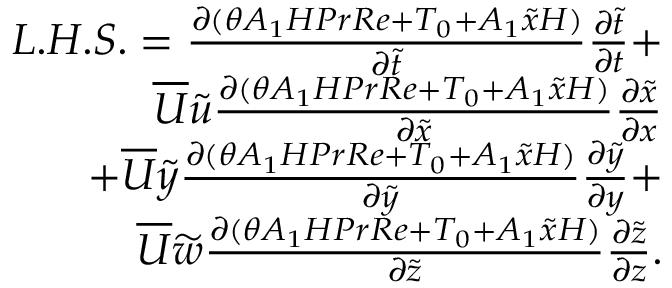
\begin{array} { r } { L . H . S . = { \frac { \partial ( \theta A _ { 1 } H P r R e + T _ { 0 } + A _ { 1 } \widetilde { x } H ) } { \partial \widetilde { t } } } { \frac { \partial \widetilde { t } } { \partial t } } + } \\ { \overline { { U } } \widetilde { u } { \frac { \partial ( \theta A _ { 1 } H P r R e + T _ { 0 } + A _ { 1 } \widetilde { x } H ) } { \partial \widetilde { x } } } { \frac { \partial \widetilde { x } } { \partial x } } } \\ { + \overline { { U } } \widetilde { y } { \frac { \partial ( \theta A _ { 1 } H P r R e + T _ { 0 } + A _ { 1 } \widetilde { x } H ) } { \partial \widetilde { y } } } { \frac { \partial \widetilde { y } } { \partial y } } + } \\ { \overline { { U } } \widetilde { w } { \frac { \partial ( \theta A _ { 1 } H P r R e + T _ { 0 } + A _ { 1 } \widetilde { x } H ) } { \partial \widetilde { z } } } { \frac { \partial \widetilde { z } } { \partial z } } . } \end{array}